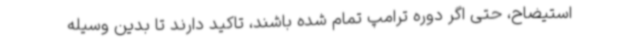
استیضاح، حتی اگر دوره ترامپ تمام شده باشند، تاکید دارند تا بدین وسیله